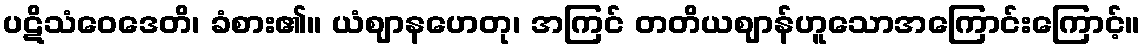
ပဋိသံဝေဒေတိ၊ ခံစား၏။ ယံဈာနဟေတု၊ အကြင် တတိယဈာန်ဟူသောအကြောင်းကြောင့်။